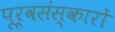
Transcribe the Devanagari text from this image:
पूर्वसंस्कारों